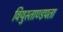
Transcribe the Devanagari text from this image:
वियुस्ताण्डपता